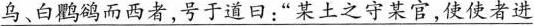
\underline{乌、白鹳鹆而西者，号于道日：”某土之守某官，使使者进}